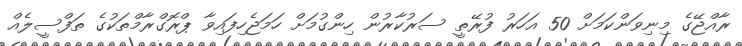
ރާއްޖޭގެ މިނިވަންކަމަށް 50 އަހަރު ފުރޭތީ ސަރުކާރުން ހިންގުމަށް ހަމަޖެހިފައިވާ ޕްރޮގްރާމްތަކުގެ ތަފްސީލެއް